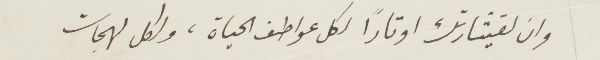
وان لقيثارتك أوتارًا لكل عواطف الحياة، ولكل لهجات